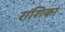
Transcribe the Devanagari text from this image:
राशिका